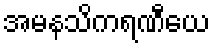
အမနသိကရဏီယေ